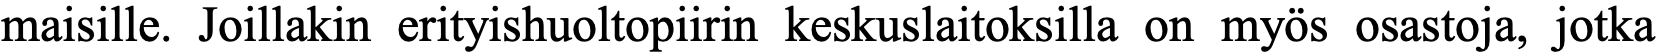
maisille. Joillakin erityishuoltopiirin keskuslaitoksilla on myös osastoja, jotka